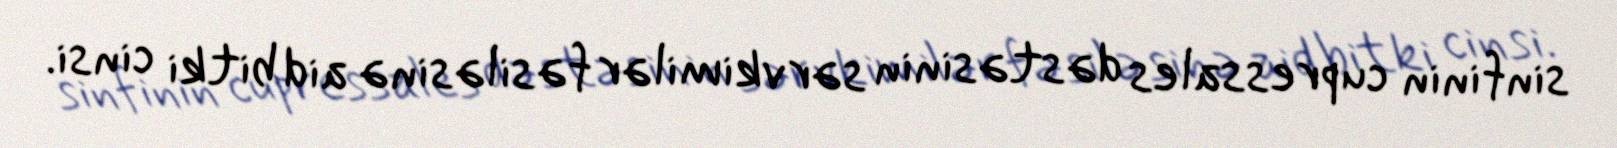
sinfinin cupressales dəstəsinin sərvkimilər fəsiləsinə aid bitki cinsi.